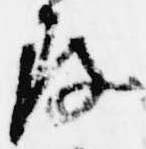
存